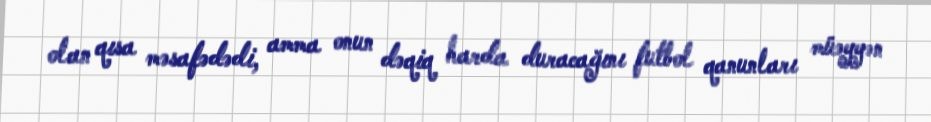
olan qısa məsafədədi, amma onun dəqiq harda duracağını futbol qanunları müəyyən